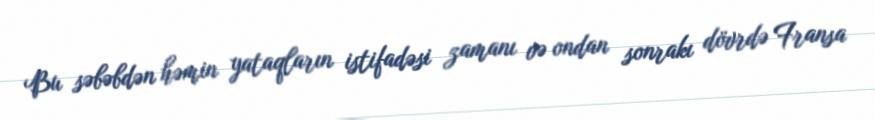
Bu səbəbdən həmin yataqların istifadəsi zamanı və ondan sonrakı dövrdə Fransa